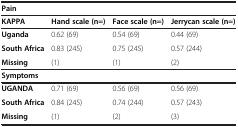
| <COLSPAN=4> Pain |
 | KAPPA | Hand scale (n=) | Face scale (n=) | Jerrycan scale (n=) |
 | --- | --- | --- | --- |
 | Uganda | 0.62 (69) | 0.54 (69) | 0.44 (69) |
 | South Africa | 0.83 (245) | 0.75 (245) | 0.57 (244) |
 | Missing | (1) | (1) | (2) |
 | <COLSPAN=4> Symptoms |
 | UGANDA | 0.71 (69) | 0.56 (69) | 0.56 (69) |
 | South Africa | 0.84 (245) | 0.74 (244) | 0.57 (243) |
 | Missing | (1) | (2) | (3) |